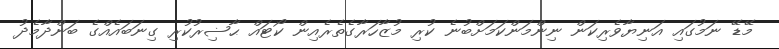
މޭޑޭ ނަމުގައި އަނިޔާވެރިކަން ނިންމަންކަމަށްބުނެ ކުރި މުޒާހަރާގެތެރެއިން ކޯޓައް ޙާޟިރުކުރި ގިނަބައެއްގެ ބަންދާމެދު